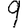
Digit: 9